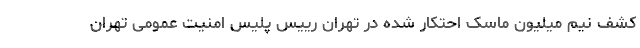
کشف نیم میلیون ماسک احتکار شده در تهران رییس پلیس امنیت عمومی تهران